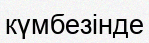
күмбезінде